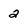
Character: 2